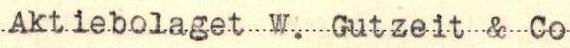
Aktiebolaget W. Gutzeit & Co